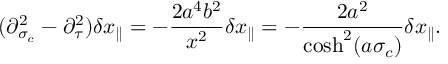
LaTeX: ( \partial _ { \sigma _ { c } } ^ { 2 } - \partial _ { \tau } ^ { 2 } ) \delta x _ { \parallel } = - \frac { 2 a ^ { 4 } b ^ { 2 } } { x ^ { 2 } } \delta x _ { \parallel } = - \frac { 2 a ^ { 2 } } { \cosh ^ { 2 } ( a \sigma _ { c } ) } \delta x _ { \parallel } .